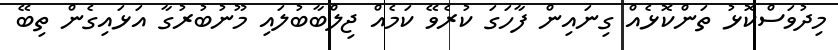
މިދުވަސްކޮޅު ތަންކޮޅެއް ގިނައިން ފާހަގަ ކުރެވޭ ކަމެއް ޖިލްބާބުލައި މޫނުބުރުގާ އަޅައިގެން ތިބޭ